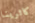
كاثرينا